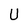
Character: U